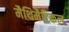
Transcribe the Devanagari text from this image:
मैथिमैटिकल